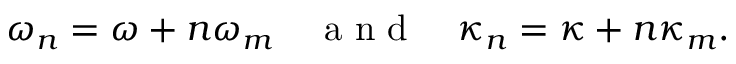
\omega _ { n } = \omega + n \omega _ { m } \quad \mathrm { ~ a ~ n ~ d ~ } \quad \kappa _ { n } = \kappa + n \kappa _ { m } .